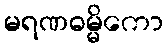
မရဏဓမ္မိကော